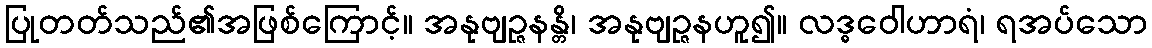
ပြုတတ်သည်၏အဖြစ်ကြောင့်။ အနုဗျဉ္ဇနန္တိ၊ အနုဗျဉ္ဇနဟူ၍။ လဒ္ဓဝေါဟာရံ၊ ရအပ်သော